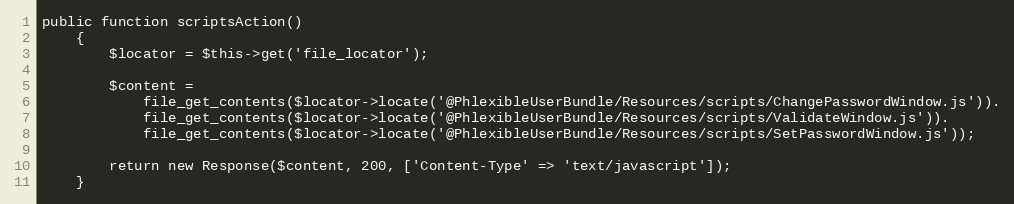
Language: PHP
public function scriptsAction()
    {
        $locator = $this->get('file_locator');

        $content =
            file_get_contents($locator->locate('@PhlexibleUserBundle/Resources/scripts/ChangePasswordWindow.js')).
            file_get_contents($locator->locate('@PhlexibleUserBundle/Resources/scripts/ValidateWindow.js')).
            file_get_contents($locator->locate('@PhlexibleUserBundle/Resources/scripts/SetPasswordWindow.js'));

        return new Response($content, 200, ['Content-Type' => 'text/javascript']);
    }